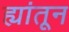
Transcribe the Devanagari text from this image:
ह्यांतून